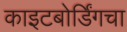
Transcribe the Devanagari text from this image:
काइटबोर्डिंगचा